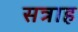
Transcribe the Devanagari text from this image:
सत्राह